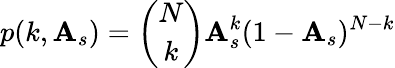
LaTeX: p(k,\mathbf{A}_{s})={\binom{N}{k}}\mathbf{A}_{s}^{k}(1-\mathbf{A}_{s})^{N-k}